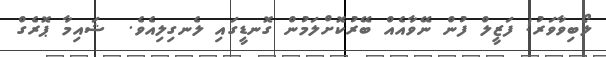
ލޯބިވާވަރު! ފަޒީލް ފުން ނޭވާއެއް ބޭރުކޮށްލަމުން ގޮނޑީގައި ލެނގިލިއެވެ.  ޝައިމާ ޕޮރެގް